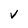
Character: v